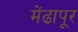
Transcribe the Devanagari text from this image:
मेंढापूर